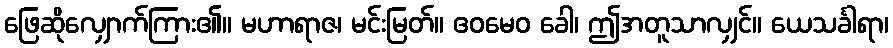
ဖြေဆိုလျှောက်ကြား၏။ မဟာရာဇ၊ မင်းမြတ်။ ဧဝမေဝ ခေါ၊ ဤအတူသာလျှင်။ ယေသင်္ခါရာ၊